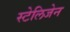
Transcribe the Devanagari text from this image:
स्टेलिजेन